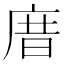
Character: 庴